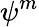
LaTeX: \psi^{m}